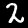
Label: 2